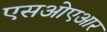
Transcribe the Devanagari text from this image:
एसओएआर